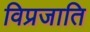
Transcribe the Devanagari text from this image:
विप्रजाति